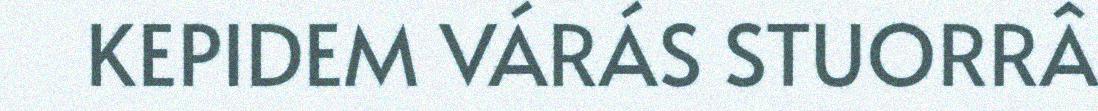
KEPIDEM VÁRÁS STUORRÂ